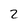
Character: 2